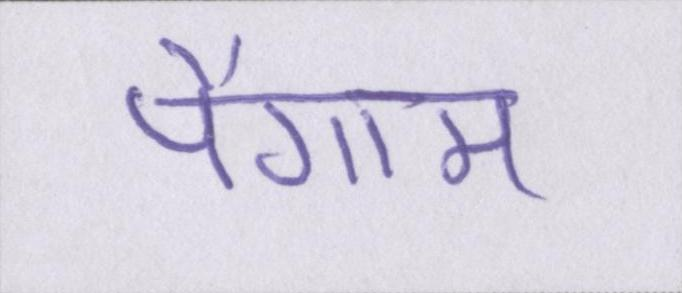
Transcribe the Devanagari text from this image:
पैगाम